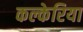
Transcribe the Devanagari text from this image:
कल्केरिया